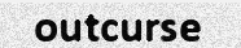
outcurse